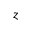
z